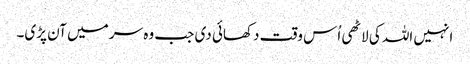
انہیں اللہ کی لاٹھی اُس وقت دکھائی دی جب وہ سر میں آن پڑی۔